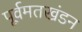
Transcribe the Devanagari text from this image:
पूर्वमतखंडन